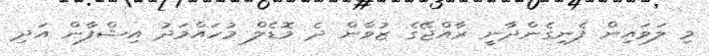
މި ލަވައިން ފެނިގެންދާނީ ރާއްޖޭގެ ޒުވާން ދެ މޮޑެލް މުހައްމަދު އިޝްފާން އަދި